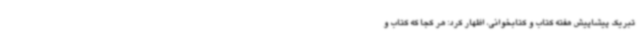
تبریک پیشاپیش هفته کتاب و کتابخوانی، اظهار کرد: هر کجا که کتاب و